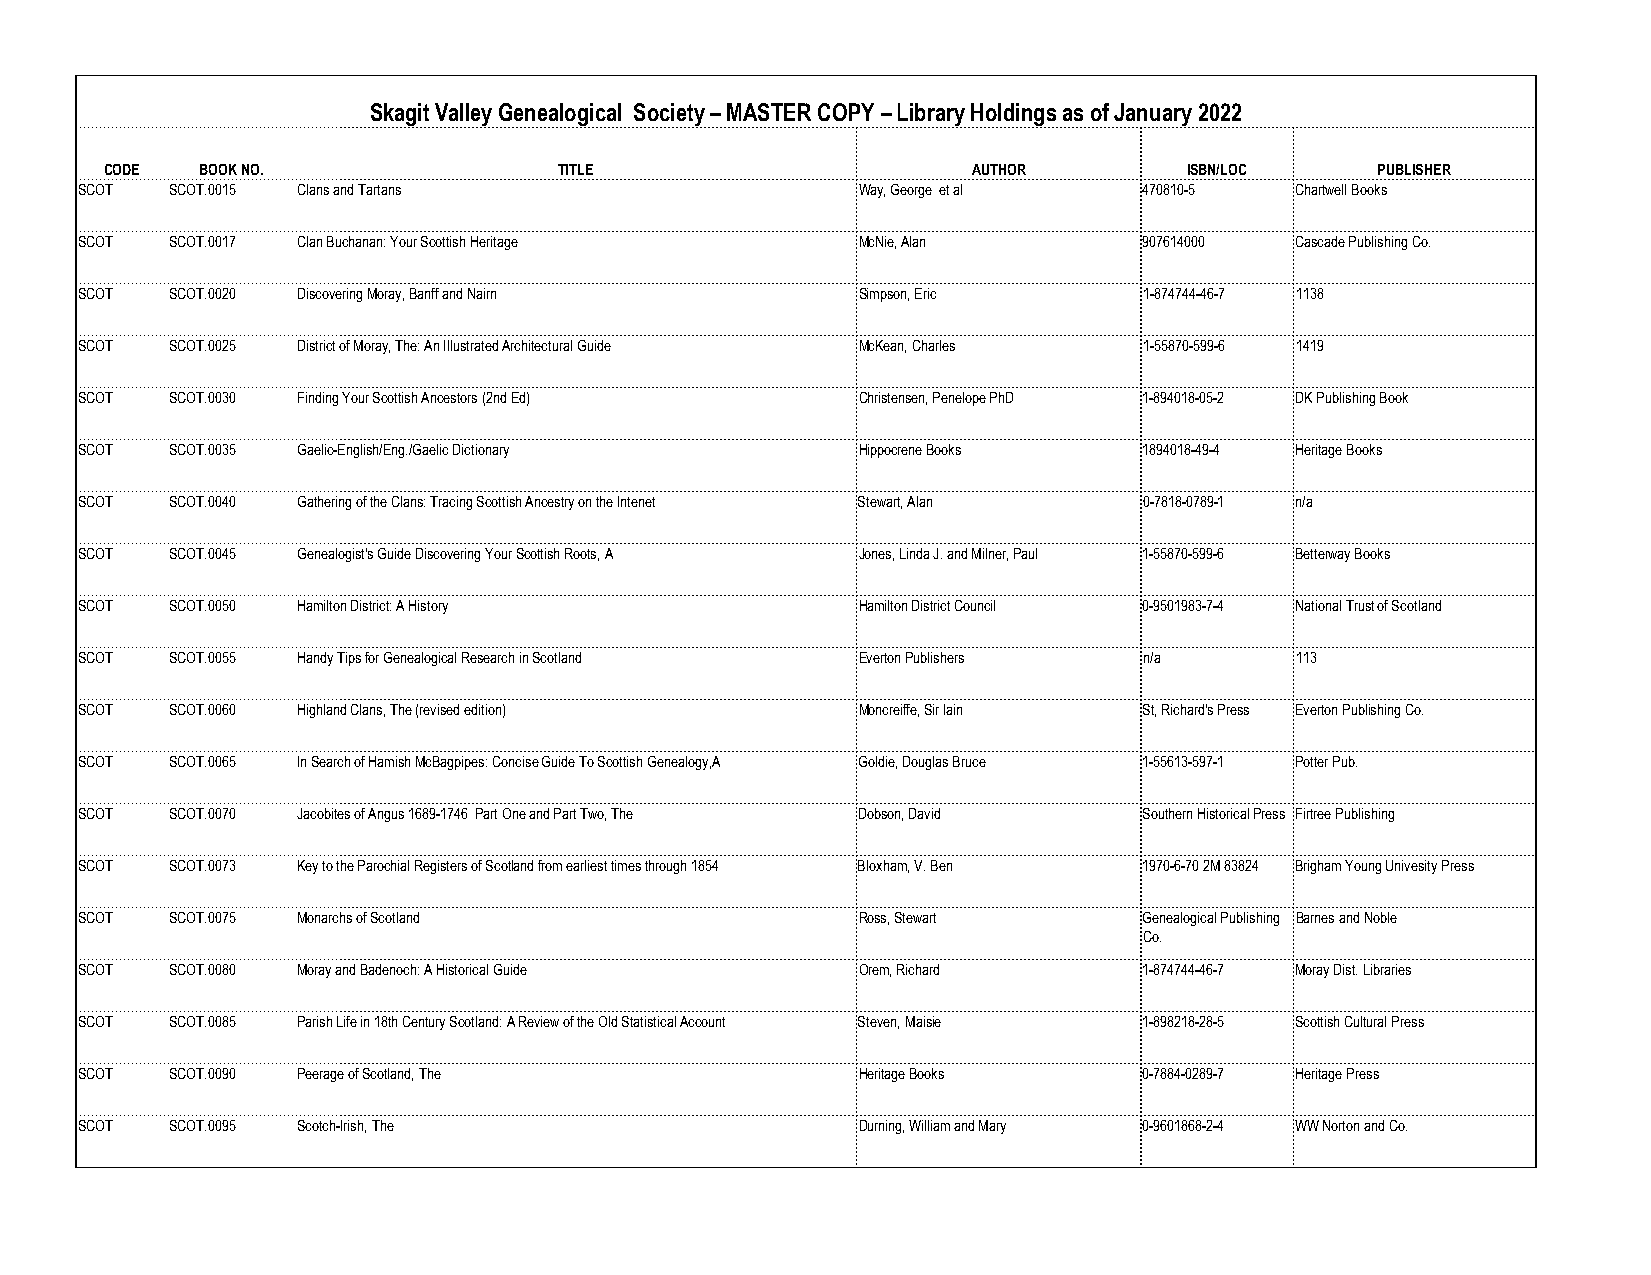
Skagit Valley Genealogical Society – MASTER COPY – Library Holdings as of January 2022
 CODE  BOOK NO.                TITLE                      AUTHOR         ISBN/LOC    PUBLISHER
 SCOT  SCOT.0015 Clans and Tartans                   Way, George et al  470810-5  Chartwell Books
 SCOT  SCOT.0017 Clan Buchanan: Your Scottish Heritage McNie, Alan      907614000 Cascade Publishing Co.
 SCOT  SCOT.0020 Discovering Moray, Banff and Nairn  Simpson, Eric      1-874744-46-7 1138
 SCOT  SCOT.0025 District of Moray, The: An Illustrated Architectural Guide McKean, Charles 1-55870-599-6 1419
 SCOT  SCOT.0030 Finding Your Scottish Ancestors (2nd Ed) Christensen, Penelope PhD 1-894018-05-2 DK Publishing Book
 SCOT  SCOT.0035 Gaelic-English/Eng./Gaelic Dictionary Hippocrene Books 1894018-49-4 Heritage Books
 SCOT  SCOT.0040 Gathering of the Clans: Tracing Scottish Ancestry on the Intenet Stewart, Alan 0-7818-0789-1 n/a
 SCOT  SCOT.0045 Genealogist's Guide Discovering Your Scottish Roots, A Jones, Linda J. and Milner, Paul 1-55870-599-6 Betterway Books
 SCOT  SCOT.0050 Hamilton District: A History        Hamilton District Council 0-9501983-7-4 National Trust of Scotland
 SCOT  SCOT.0055 Handy Tips for Genealogical Research in Scotland Everton Publishers n/a 113
 SCOT  SCOT.0060 Highland Clans, The (revised edition) Moncreiffe, Sir Iain St, Richard's Press Everton Publishing Co.
 SCOT  SCOT.0065 In Search of Hamish McBagpipes: Concise Guide To Scottish Genealogy,A Goldie, Douglas Bruce 1-55613-597-1 Potter Pub.
 SCOT  SCOT.0070 Jacobites of Angus 1689-1746 Part One and Part Two, The Dobson, David Southern Historical Press Firtree Publishing
 SCOT  SCOT.0073 Key to the Parochial Registers of Scotland from earliest times through 1854 Bloxham, V. Ben 1970-6-70 2M 83824 Brigham Young Univesity Press
 SCOT  SCOT.0075 Monarchs of Scotland                Ross, Stewart      Genealogical Publishing Barnes and Noble
 Co.
 SCOT  SCOT.0080 Moray and Badenoch: A Historical Guide Orem, Richard   1-874744-46-7 Moray Dist. Libraries
 SCOT  SCOT.0085 Parish Life in 18th Century Scotland: A Review of the Old Statistical Account Steven, Maisie 1-898218-28-5 Scottish Cultural Press
 SCOT  SCOT.0090 Peerage of Scotland, The            Heritage Books     0-7884-0289-7 Heritage Press
 SCOT  SCOT.0095 Scotch-Irish, The                   Durning, William and Mary 0-9601868-2-4 WW Norton and Co.